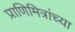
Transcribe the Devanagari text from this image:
प्राणिमित्रांच्या